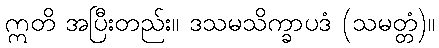
ဣတိ အပြီးတည်း။ ဒသမသိက္ခာပဒံ (သမတ္တံ)။